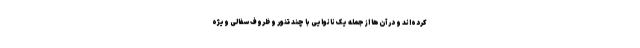
کرده‌اند و در آن‌ها از جمله یک نانوایی با چند تنور و ظروف سفالی ویژه